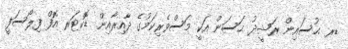
ޑރ ޙުސައިން ރަޝީދު ޙަސަން އަކީ މަސްވެރިކަމުގެ ދާއިރާއިން ޑޮކްޓަރ އޮފް ފިލޯސަފީ